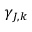
\gamma _ { J , k }